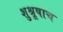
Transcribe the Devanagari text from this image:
शुश्रूषाच